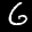
Label: 6